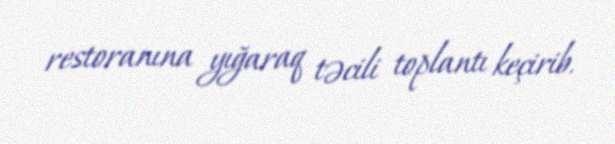
restoranına yığaraq təcili toplantı keçirib.